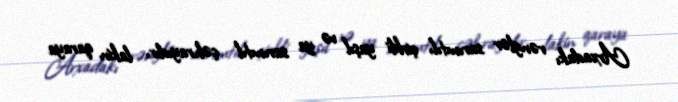
Arxadakı rənglər sarımtıl, çirkli yaşıl və ya sarımtıl çəhrayıdır, lakin qaraya